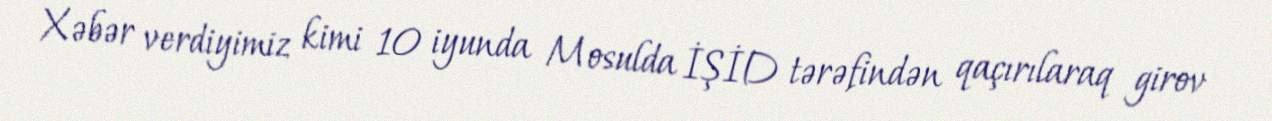
Xəbər verdiyimiz kimi 10 iyunda Mosulda İŞİD tərəfindən qaçırılaraq girov